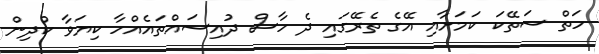
ހަތް ސަތޭކަ ކަމަށާއި އޭގެ ތެރޭގައި ދެ ހާސް ދުއިސައްތައެއްހާ ކިޔަވާ ކުދިން